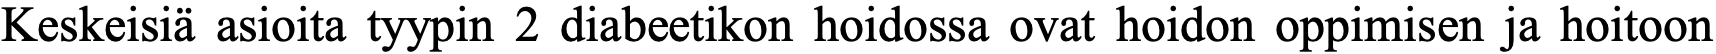
Keskeisiä asioita tyypin 2 diabeetikon hoidossa ovat hoidon oppimisen ja hoitoon